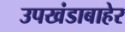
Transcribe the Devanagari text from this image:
उपखंडाबाहेर